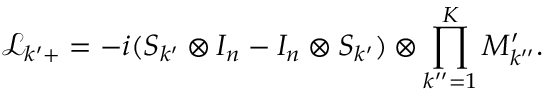
\mathcal { L } _ { k ^ { \prime } + } = - i ( S _ { k ^ { \prime } } \otimes I _ { n } - I _ { n } \otimes S _ { k ^ { \prime } } ) \otimes \prod _ { k ^ { \prime \prime } = 1 } ^ { K } M _ { k ^ { \prime \prime } } ^ { \prime } .